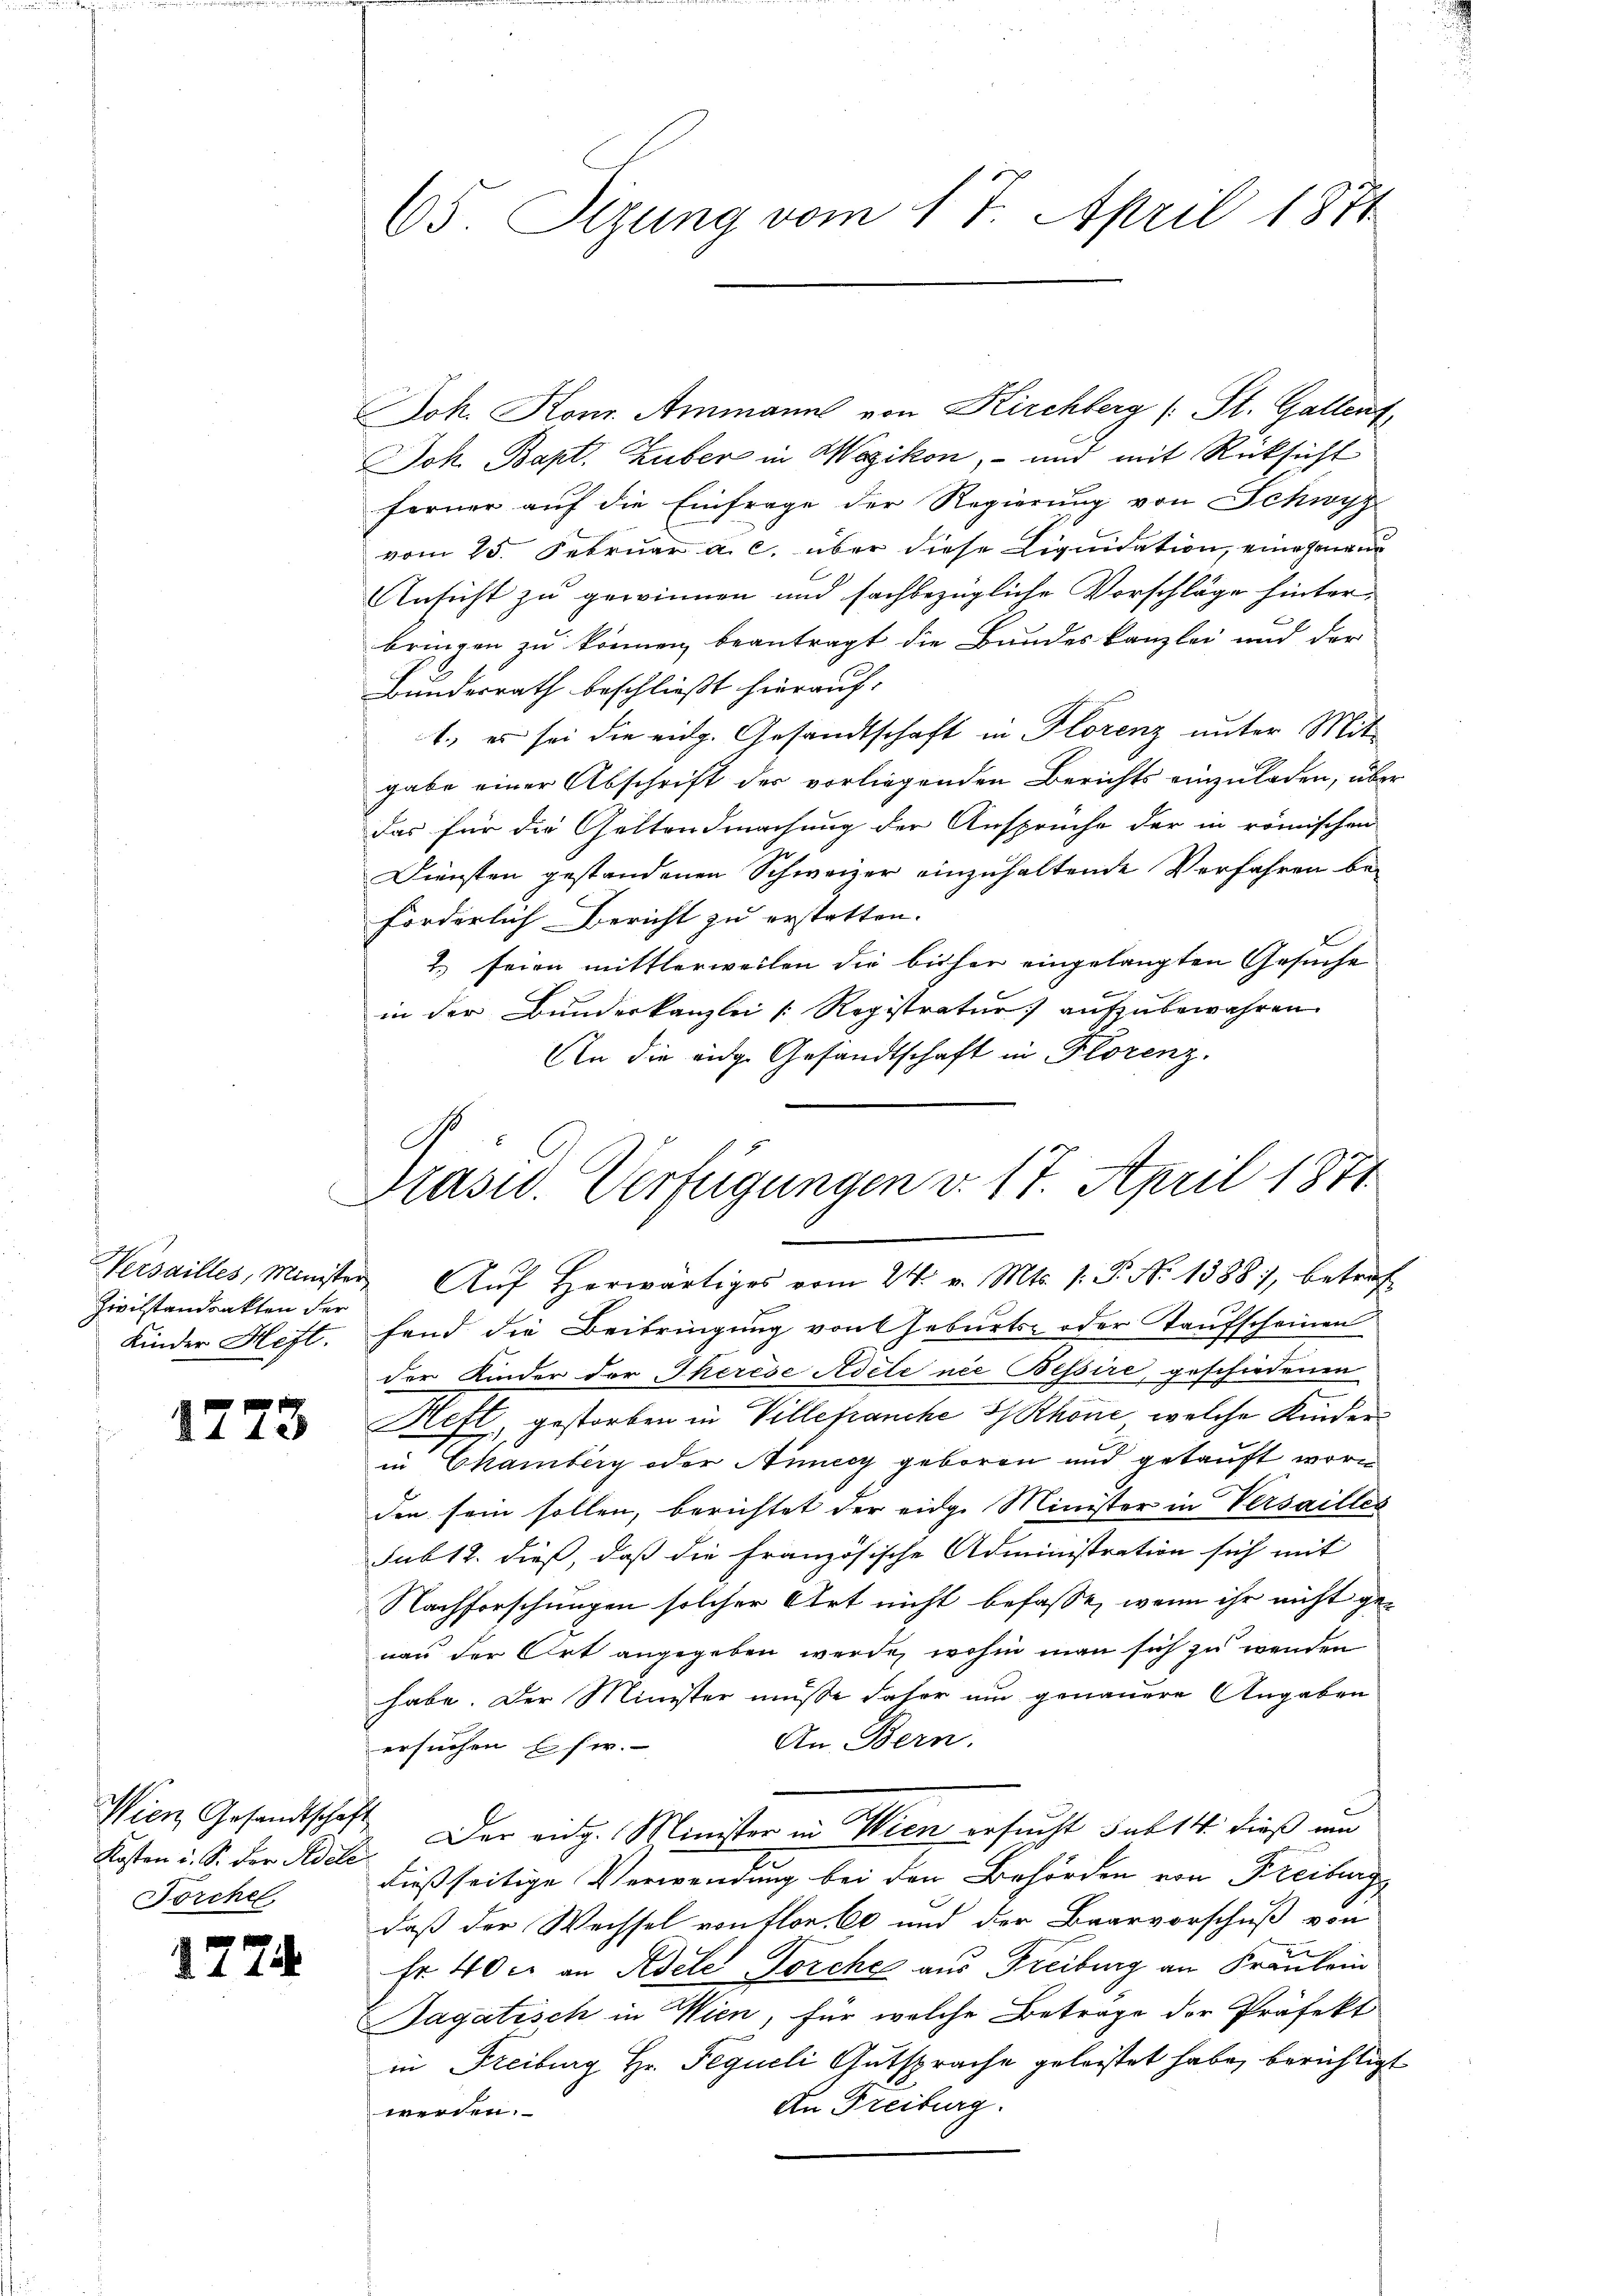
Zivilstandsakten der
Kinder Heft.

1773

Wien Gesandtschaft
Kosten u. S. der Adeli
Forchel

1774.

Joh. Konr. Ammanns von Kirchberg (: St. Gallent,
Joh. Bapt. Zuber in Wezikon, – und mit Rücksicht
ferner auf die Einfrage der Regierung von Schwyz
vom 25. Februar a. c. über diese Liquidation, eine genen
Ansicht zu gewinnen und fachbezügliche Vorschläge hinter-
bringen zu können beantragt die Bandeskanzlei und der
Bundesrath beschließt hierauf:
1., es sei die eidg. Gesandtschaft in Florenz unter Mit-
gabe einer Abschrift der vorliegenden Berichts einzuladen, über
Das für die Geltendmachung der Ansprüche der in römischen
Diensten gestandenen Schweizer einzuhaltende Verfahren beforderlich Bericht zu erstatten.
2.) seien mittlerweilen die bisher eingelangten Gesuche
in der Bunderkanzlei [Registratur aufzubewahren.
An die eidg. Gesandtschaft in Florenz.

65. Sizung vom 17. April 1871

C
Prasid. Verfügungen v. 17. April 1871

Versailles, Minister Aŭf herwärtiges vom 24. v. Mts. 1. P. N. 1388, betref
fend die Beibringung von Geburts- oder Taufscheinen
der Kinder der Therede Adele nie Bessire, geschiedenen
Heft, gestorben in Villefranche S Rhone, welche Kinderin Chamberg oder Auncy geboren und getauft worden sein sollen, berichtet der eidge Minister in Versailles
sub 12. dieß, daß die Französische Administration sich mit
Nachforschungen solcher Art nicht befasse, wenn ihr nicht genau der Ort angegeben werde, wohin man sich zu wenden
habe. Der Minister müße daher um genauere Angaben
An Bern.
ersuchen Ehe.
Der eidg. Minister in Wien ersucht sub 14 dieß um
dießseitige Verwendung bei den Behörden von Freiburg
daß der Wechsel von flor. Ob und der Baarvorschuß von
Fr. 40 c. an Adele Forche aus Freiburg an Fraubrin
Tagatisch in Wien, für welche Beträge der Präfekt
in Freiburg Hr. Pequeli Gutsprache geleistet habe, berichtigt
An Freiburg.
werden.